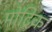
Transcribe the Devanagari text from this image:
मोट्रिक